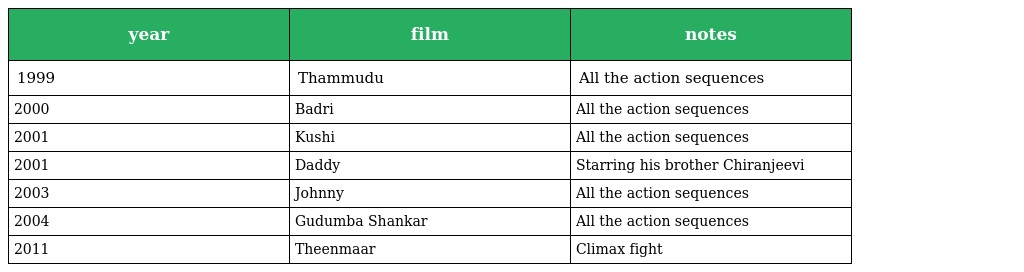
| year | film | notes |
 | --- | --- | --- |
 | 1999 | Thammudu | All the action sequences |
 | 2000 | Badri | All the action sequences |
 | 2001 | Kushi | All the action sequences |
 | 2001 | Daddy | Starring his brother Chiranjeevi |
 | 2003 | Johnny | All the action sequences |
 | 2004 | Gudumba Shankar | All the action sequences |
 | 2011 | Theenmaar | Climax fight |